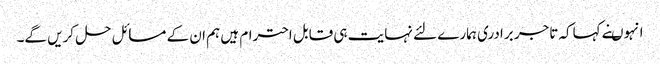
انہوںنے کہاکہ تاجر برادری ہمارے لئے نہایت ہی قابل احترام ہیں ہم ان کے مسائل حل کریں گے۔